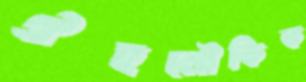
ঐহলৌকিক